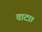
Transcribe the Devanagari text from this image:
वाटा।